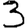
Digit: 3